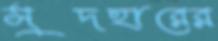
সুদহারের